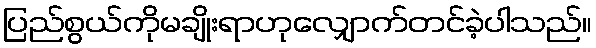
ပြည်စွယ်ကိုမချိုးရာဟုလျှောက်တင်ခဲ့ပါသည်။